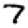
Digit: 7